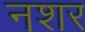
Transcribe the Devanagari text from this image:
नशर